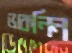
ভাকনিন